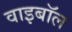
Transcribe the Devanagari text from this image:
वाइबॉल